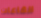
القاعات